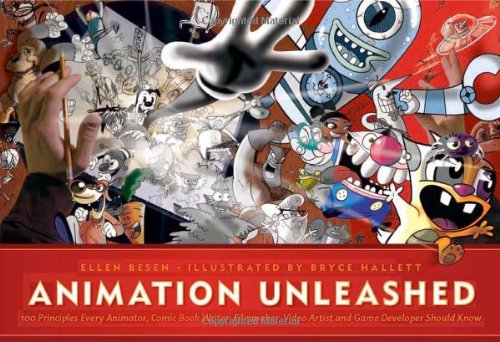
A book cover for Animation Unleashed: 100 Principles Every Animator, Comic Book Writer, Filmmaker, Video Artist, and Game Developer Should Know; Ellen Besen; Arts & Photography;